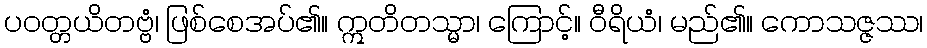
ပဝတ္တယိတဗ္ဗံ၊ ဖြစ်စေအပ်၏။ ဣတိတသ္မာ၊ ကြောင့်။ ဝီရိယံ၊ မည်၏။ ကောသဇ္ဇဿ၊